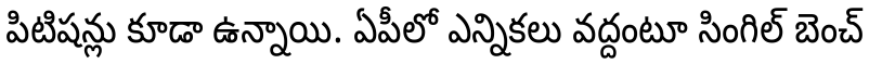
పిటిషన్లు కూడా ఉన్నాయి. ఏపీలో ఎన్నికలు వద్దంటూ సింగిల్ బెంచ్